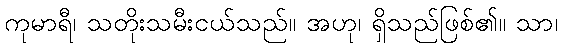
ကုမာရီ၊ သတိုးသမီးငယ်သည်။ အဟု၊ ရှိသည်ဖြစ်၏။ သာ၊